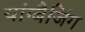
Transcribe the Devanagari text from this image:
यांग्बैजिंग